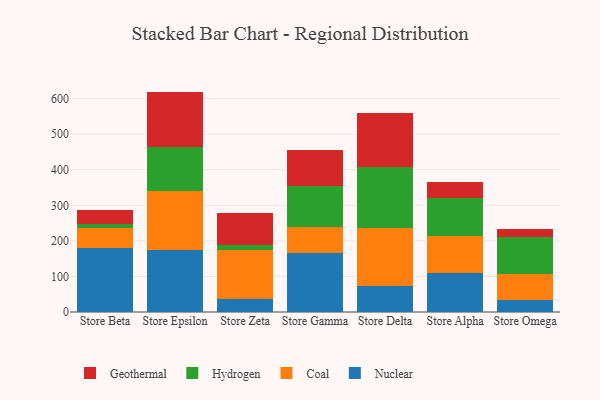
{"axis": {"x": "Store", "y": "Headcount"}, "legend": ["Coal", "Geothermal", "Hydrogen", "Nuclear"], "data": [{"x": "Store Beta", "y": 178.9, "type": "Nuclear"}, {"x": "Store Beta", "y": 58.7, "type": "Coal"}, {"x": "Store Beta", "y": 9.5, "type": "Hydrogen"}, {"x": "Store Beta", "y": 40.2, "type": "Geothermal"}, {"x": "Store Epsilon", "y": 173.3, "type": "Nuclear"}, {"x": "Store Epsilon", "y": 166.8, "type": "Coal"}, {"x": "Store Epsilon", "y": 124.6, "type": "Hydrogen"}, {"x": "Store Epsilon", "y": 155.0, "type": "Geothermal"}, {"x": "Store Zeta", "y": 37.1, "type": "Nuclear"}, {"x": "Store Zeta", "y": 136.8, "type": "Coal"}, {"x": "Store Zeta", "y": 15.6, "type": "Hydrogen"}, {"x": "Store Zeta", "y": 87.7, "type": "Geothermal"}, {"x": "Store Gamma", "y": 166.5, "type": "Nuclear"}, {"x": "Store Gamma", "y": 73.8, "type": "Coal"}, {"x": "Store Gamma", "y": 115.3, "type": "Hydrogen"}, {"x": "Store Gamma", "y": 99.2, "type": "Geothermal"}, {"x": "Store Delta", "y": 73.2, "type": "Nuclear"}, {"x": "Store Delta", "y": 163.4, "type": "Coal"}, {"x": "Store Delta", "y": 170.7, "type": "Hydrogen"}, {"x": "Store Delta", "y": 153.0, "type": "Geothermal"}, {"x": "Store Alpha", "y": 108.5, "type": "Nuclear"}, {"x": "Store Alpha", "y": 105.2, "type": "Coal"}, {"x": "Store Alpha", "y": 106.0, "type": "Hydrogen"}, {"x": "Store Alpha", "y": 45.2, "type": "Geothermal"}, {"x": "Store Omega", "y": 33.6, "type": "Nuclear"}, {"x": "Store Omega", "y": 73.9, "type": "Coal"}, {"x": "Store Omega", "y": 104.0, "type": "Hydrogen"}, {"x": "Store Omega", "y": 22.0, "type": "Geothermal"}]}